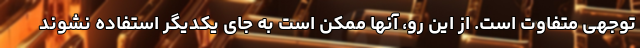
توجهی متفاوت است. از این رو، آنها ممکن است به جای یکدیگر استفاده نشوند